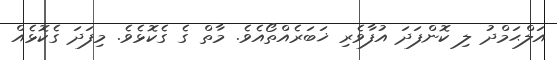
އަލްޙަމްދު ލި ކޮންފަދަ އުފާވެރި ޚަބަރެއްތޯއެވެ. މާތް ގެ ގެކޮޅެވެ. މިފަދަ ގެކޮޅެއް